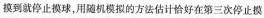
摸到就停止摸球，用随机模拟的方法估计恰好在第三次停止摸